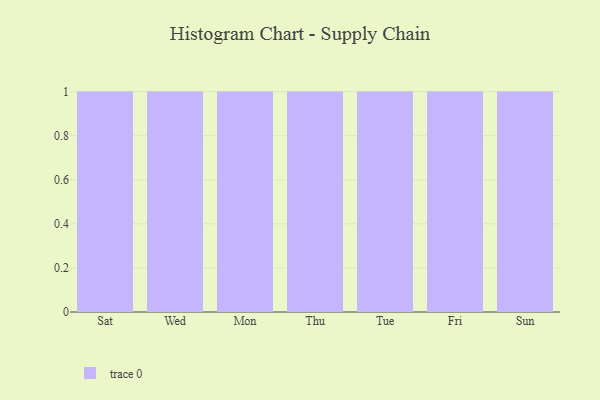
{"axis": {"x": "Day", "y": "Production Output"}, "legend": [""], "data": [{"x": "Sat", "y": 41, "type": ""}, {"x": "Wed", "y": 60, "type": ""}, {"x": "Mon", "y": 67, "type": ""}, {"x": "Thu", "y": 40, "type": ""}, {"x": "Tue", "y": 56, "type": ""}, {"x": "Fri", "y": 36, "type": ""}, {"x": "Sun", "y": 17, "type": ""}]}